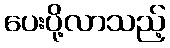
ပေးပို့လာသည့်